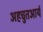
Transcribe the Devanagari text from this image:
अहचुतआर्य